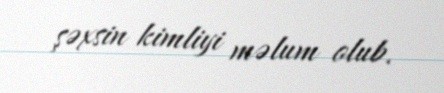
şəxsin kimliyi məlum olub.